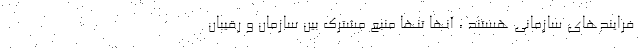
فرایندهای سازمانی هستند ، آنها تنها منبع مشترک بین سازمان و رقیبان